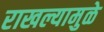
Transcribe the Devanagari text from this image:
राखल्यामुळे